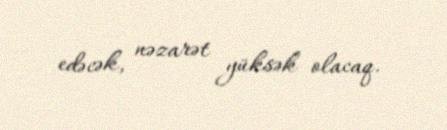
edəcək, nəzarət yüksək olacaq.